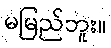
မမြည်ဘူး။